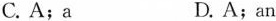
C. A;a D. A;an